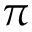
\pi